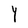
Character: Y